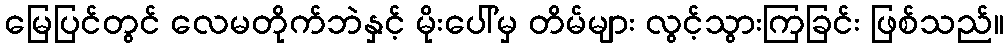
မြေပြင်တွင် လေမတိုက်ဘဲနှင့် မိုးပေါ်မှ တိမ်များ လွင့်သွားကြခြင်း ဖြစ်သည်။